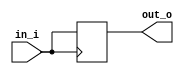
module ttl_buffer (
    input wire in_i,
    output reg out_o
);

// Input buffer
always @ (posedge in_i)
begin
    out_o <= in_i;
end

endmodule